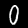
Digit: 0